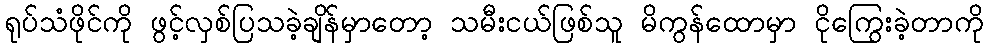
ရုပ်သံဖိုင်ကို ဖွင့်လှစ်ပြသခဲ့ချိန်မှာတော့ သမီးငယ်ဖြစ်သူ မိကွန်ထောမှာ ငိုကြွေးခဲ့တာကို